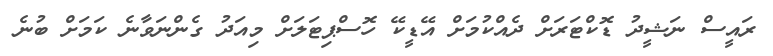
ރައީސް ނަޝީދު ޑޮކްޓަރަށް ދެއްކުމަށް އޭޑީކޭ ހޮސްޕިޓަލަށް މިއަދު ގެންނަވާނެ ކަމަށް ބުނެ